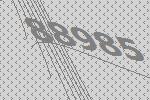
88985